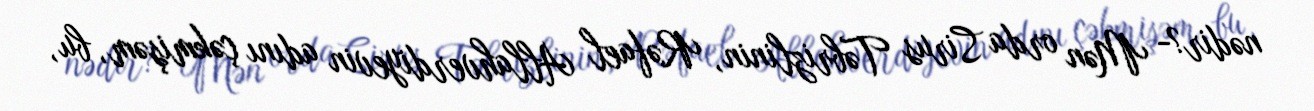
nədir?- Mən orda Sirus Təbrizlinin, Rəfael Allahverdiyevin adını çəkmişəm, bu,